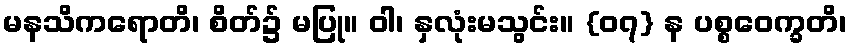
မနသိကရောတိ၊ စိတ်၌ မပြု။ ဝါ၊ နှလုံးမသွင်း။ {၀၇} န ပစ္စဝေက္ခတိ၊